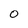
Character: O